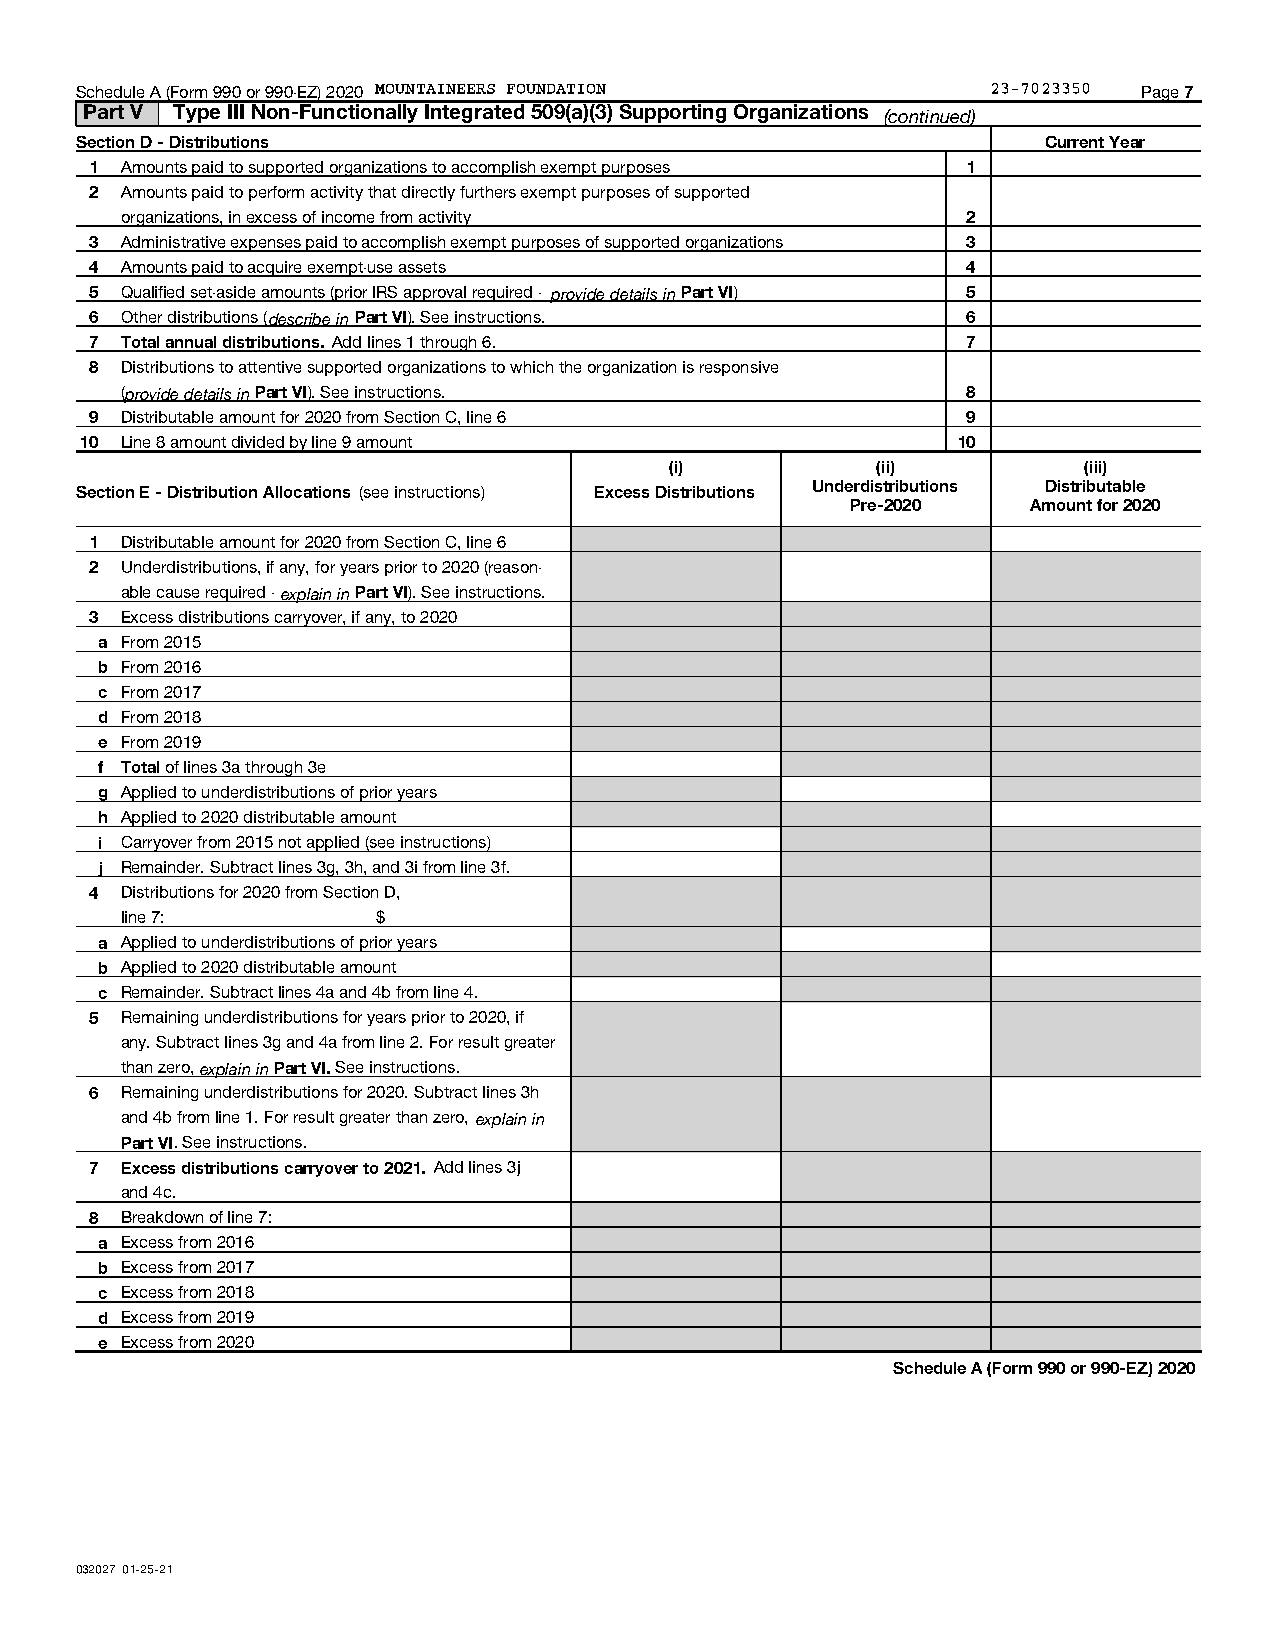
Schedule A (Form 990 or 990-EZ) 2020 MOUNTAINEERS FOUNDATION 23-7023350 Page 7
 Part V Type III Non-Functionally Integrated 509(a)(3) Supporting Organizations (continued)
 Section D - Distributions                                       Current Year
 1 Amounts paid to supported organizations to accomplish exempt purposes 1
 2 Amounts paid to perform activity that directly furthers exempt purposes of supported
 organizations, in excess of income from activity        2
 3 Administrative expenses paid to accomplish exempt purposes of supported organizations 3
 4 Amounts paid to acquire exempt-use assets               4
 5 Qualified set-aside amounts (prior IRS approval required - provide details in Part VI) 5
 6 Other distributions (describe in Part VI). See instructions. 6
 7 Total annual distributions. Add lines 1 through 6.      7
 8 Distributions to attentive supported organizations to which the organization is responsive
 (provide details in Part VI). See instructions.         8
 9 Distributable amount for 2020 from Section C, line 6    9
 10 Line 8 amount divided by line 9 amount                 10
 (i)           (ii)          (iii)
 Section E - Distribution Allocations (see instructions) Excess Distributions Underdistributions Distributable
 Pre-2020    Amount for 2020
 1 Distributable amount for 2020 from Section C, line 6
 2 Underdistributions, if any, for years prior to 2020 (reason-
 able cause required - explain in Part VI). See instructions.
 3 Excess distributions carryover, if any, to 2020
 a From 2015
 b From 2016
 c From 2017
 d From 2018
 e From 2019
 f Total of lines 3a through 3e
 g Applied to underdistributions of prior years
 h Applied to 2020 distributable amount
 i Carryover from 2015 not applied (see instructions)
 j Remainder. Subtract lines 3g, 3h, and 3i from line 3f.
 4 Distributions for 2020 from Section D,
 line 7:          $
 a Applied to underdistributions of prior years
 b Applied to 2020 distributable amount
 c Remainder. Subtract lines 4a and 4b from line 4.
 5 Remaining underdistributions for years prior to 2020, if
 any. Subtract lines 3g and 4a from line 2. For result greater
 than zero, explain in Part VI. See instructions.
 6 Remaining underdistributions for 2020. Subtract lines 3h
 and 4b from line 1. For result greater than zero, explain in
 Part VI. See instructions.
 7 Excess distributions carryover to 2021. Add lines 3j
 and 4c.
 8 Breakdown of line 7:
 a Excess from 2016
 b Excess from 2017
 c Excess from 2018
 d Excess from 2019
 e Excess from 2020
 Schedule A (Form 990 or 990-EZ) 2020
 032027 01-25-21